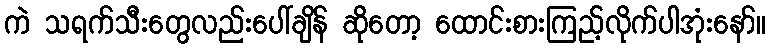
ကဲ သရက်သီးတွေလည်းပေါ်ချိန် ဆိုတော့ ထောင်းစားကြည့်လိုက်ပါအုံးနော်။